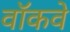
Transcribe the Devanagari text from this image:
वॉकवे